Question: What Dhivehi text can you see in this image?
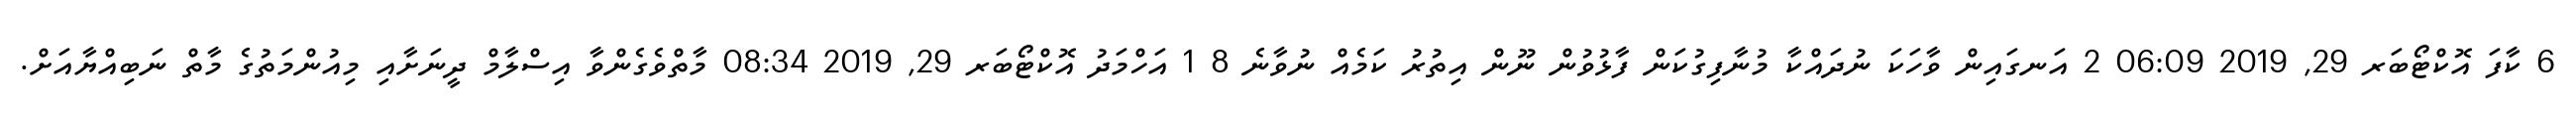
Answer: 6 ކާފަ އޮކްޓޯބަރ 29, 2019 06:09 2 އަނގައިން ވާހަކަ ނުދައްކާ މުނާފިގުކަން ފާޅުވުން ނޫން އިތުރު ކަމެއް ނުވާނެ 8 1 އަހްމަދު އޮކްޓޯބަރ 29, 2019 08:34 މާތްވެގެންވާ އިސްލާމް ދީނަށާއި މިއުންމަތުގެ މާތް ނަބިއްޔާއަށް.